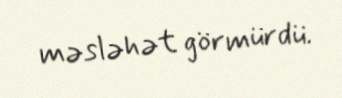
məsləhət görmürdü.